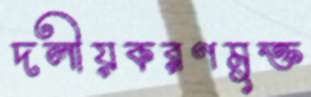
দলীয়করণমুক্ত